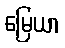
မြေယာ